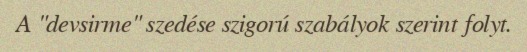
A "devsirme" szedése szigorú szabályok szerint folyt.